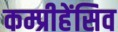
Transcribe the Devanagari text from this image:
कम्प्रीहेंसिव